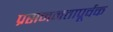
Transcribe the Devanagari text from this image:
प्रसननतापूर्वक